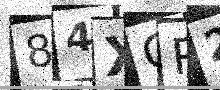
Text: 84XGR2